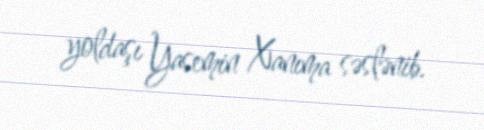
yoldaşı Yasemin Xanıma səslənib.